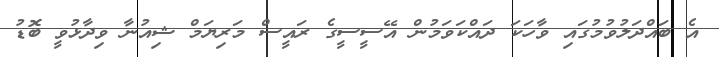
އެ ބައްދަލުވުމުގައި ވާހަކަ ދައްކަވަމުން އޭސީސީގެ ރައީސް މަރިޔަމް ޝިއުނާ ވިދާޅުވީ ބޮޑު